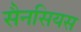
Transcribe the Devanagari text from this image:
सैनसियस